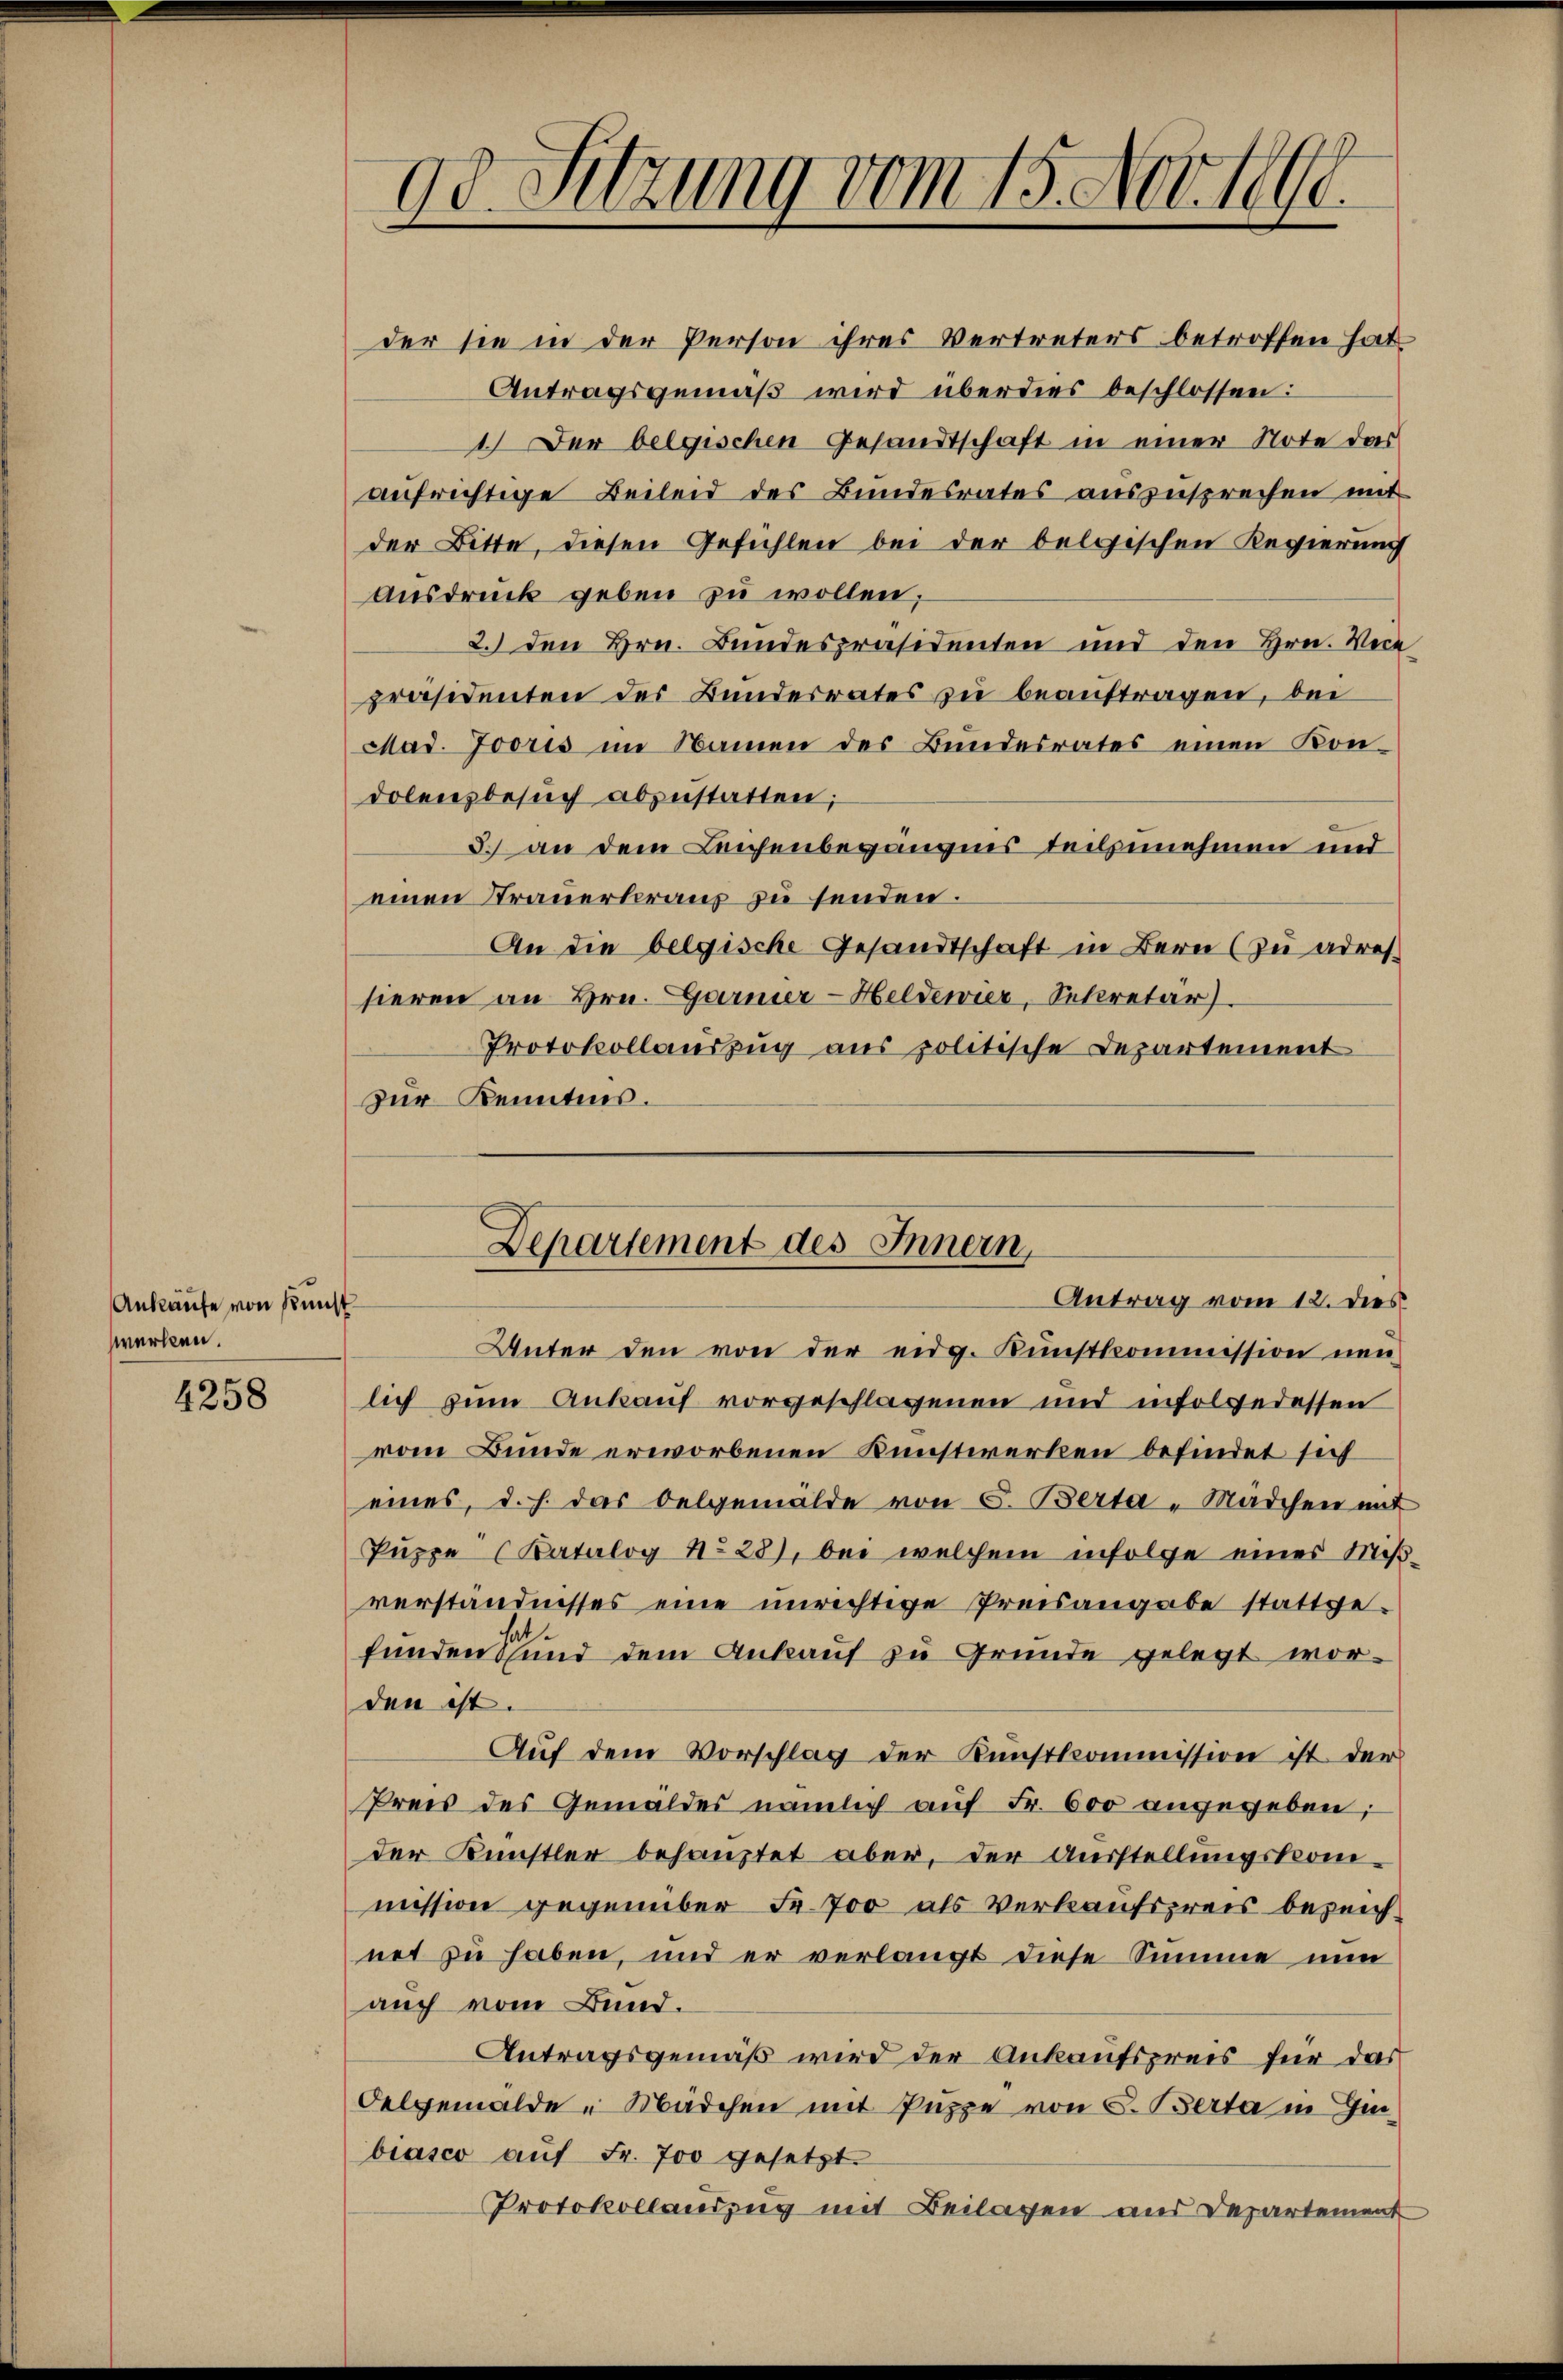
Ankaufe von Kunst
werken.

4258

der sie in der Person ihres Vertreters betroffen hat
Antragsgemäß wird überdies beschlossen:
1.) Der belgischen Gesandtschaft in einer Note das
aufrichtige Beileid des Bundesrates auszusprechen mit
der Bitte, diesen Gefühlen bei der belgischen Regierung
Ausdruck geben zu wollen;
2. den Hrn. Bundespräsidenten und den Hrn. Vice
präsidenten des Bundesrates zu beauftragen, der
Mad. Jooris im Namen des Bundesrates einen Kon-
Dolensbesuch abzustatten;
3. an dem Leichenbegängnis teilzunehmen und
einen Trauerberaus zu senden.
An die belgische Gesandtschaft in Bern (zu adres
sieren an Hrn. Garner-Heldenier, Sekretär.
Protokollauszug aus politische Departement
zur Kenntnis.

Unter den von der eidg. Kunstkommission neu-
lich zum Ankauf vorgeschlagenen und infolgedessen
vom Bunde erworbenen Kunstwerken befindet sich
eines, d. h. das Oelgemälde von S. Berta - Mädchen mit
Puppe (Katalog No 28), bei welchem infolge eines Miß-
verständnisses eine unrichtige Preisangabe stattgefunden stand dem Ankauf zu Grunde gelegt worden ist.
Auf dem Vorschlag der Kunstkommission ist der
Preis des Gemäldes nämlich auf Fr. 600 angegeben;
der Künstler behauptet aber, der Ausstellungskommission gegenüber Fr. 700 als Verkaufspreis bezeichnet zu haben, und er verlangt diese Summe nun
auch vom Bund.
Antragsgemäß wird der Ankaufspreis für das
Oelgemälde " Mädchen mit Puppe von S. Berta in Hin
biasco auf Fr. 700 gesetzt.
Protokollandzug mit Beilagen uns Departement

od. Sitzung vom 15. Nov. 1890.

Departement des Innern,
Antrag vom 12. dies